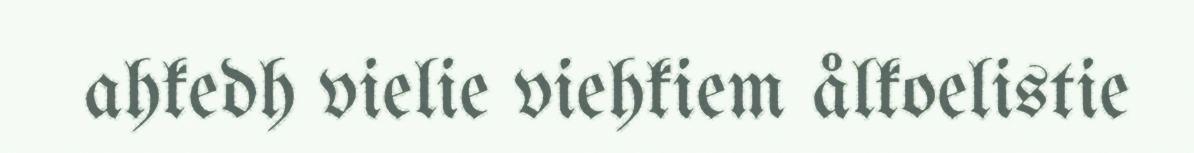
ahkedh vielie viehkiem ålkoelistie